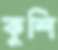
কুশি